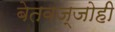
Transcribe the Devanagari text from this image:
बेतवज्जोही